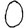
Digit: 0